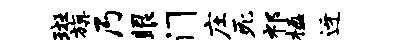
斑旗乃眼门庄死祁楹迓